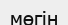
мөгін